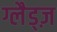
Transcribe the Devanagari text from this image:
ग्लैड्ज़